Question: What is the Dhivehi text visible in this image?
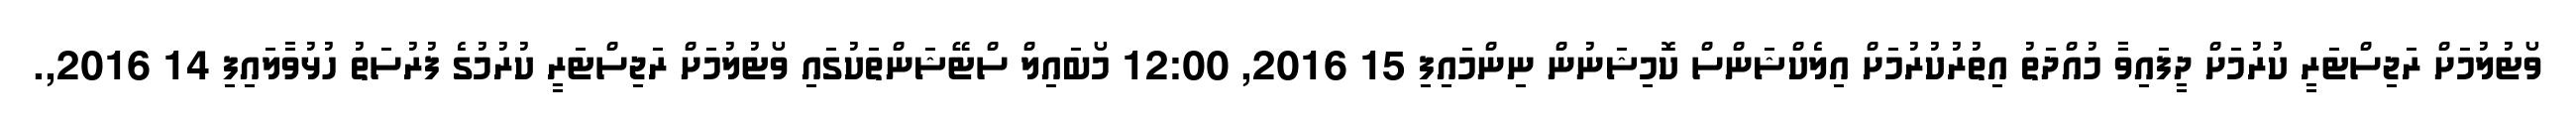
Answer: ވޯޓުލުމަށް ރަޖިސްޓަރީ ކުރުމަށް ދީފައިވާ މުއްދަތު އިތުރުކުރުމަށް އިލެކްޝަންސް ކޮމިޝަނުން ނިންމައިފި 15 2016, 12:00 މޯބައިލް ސްޓޭޝަންތަކުގައި ވޯޓުލުމަށް ރަޖިސްޓަރީ ކުރުމުގެ ފުރުސަތު ހުޅުވާލައިފި 14 2016,.